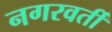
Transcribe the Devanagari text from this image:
नगरवर्ती